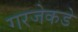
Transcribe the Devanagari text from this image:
गरजेकडे